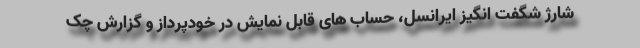
شارژ شگفت انگیز ایرانسل، حساب های قابل نمایش در خودپرداز و گزارش چک